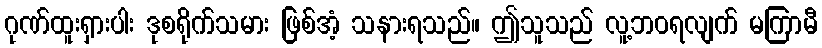
ဂုဏ်ထူးရှားပါး ဒုစရိုက်သမား ဖြစ်အံ့ သနားရသည်။ ဤသူသည် လူ့ဘဝရလျက် မကြာမီ